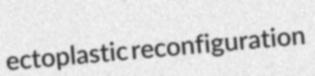
ectoplastic reconfiguration